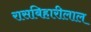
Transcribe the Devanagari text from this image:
रासबिहारीलाल